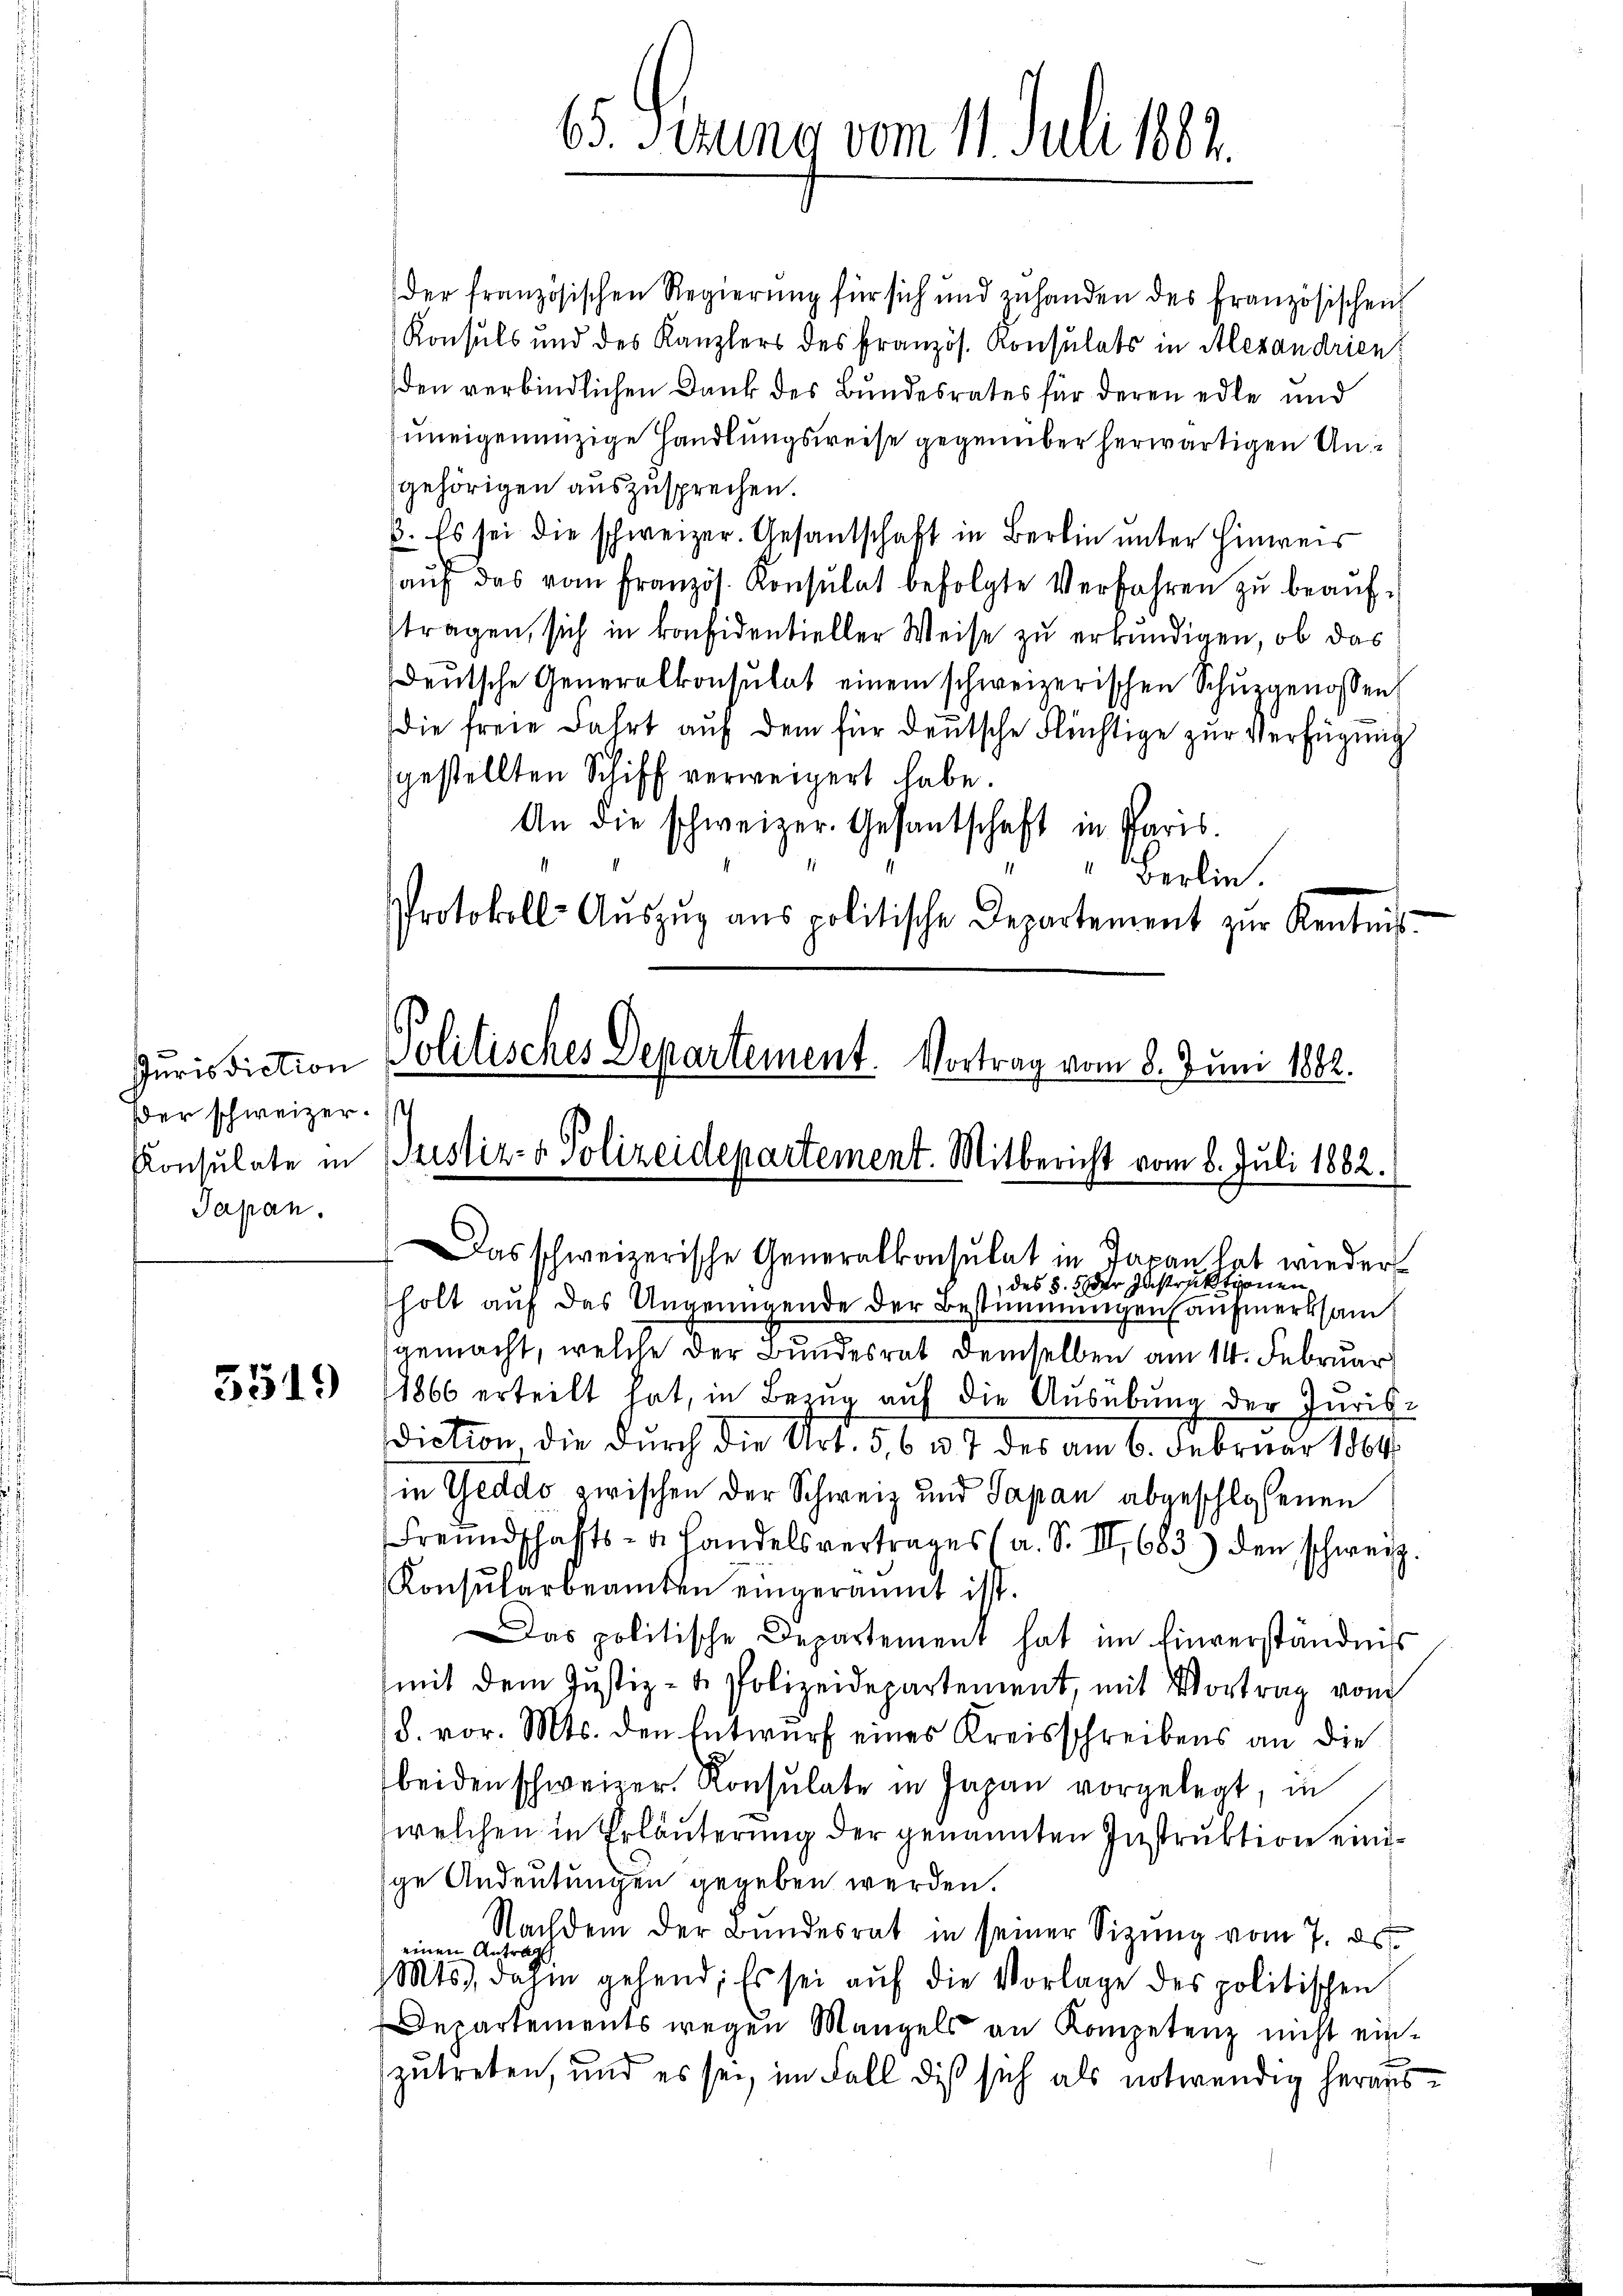
ßer schweizer. Ic
Japan.

5519

65. Serung vom 11. Juli 182.

der französischen Regierung für sich und enhanden des französischen
Konsuls und des Kanzlers des Französ. Konsulats in Alexandrien:
den verbindlichen Dank des Bundesrates für deren edle und
uneigenanzige Handlungsweise gegenüber herwärtigen Ungehörigen auszusprechen.
3. Es sei die schweizer. Gesantschaft in Berlin unter Hinweis
aŭf das vom Französ. Konsulat befolgte Verfahren zŭ beaŭf-
ftragen, sich in konsidentieller Weise zu erkundigen, ob das
deŭtsche Generalkonsulat einem schweizerischen Schŭzgenossen,
die freie Fahrt auf dem für deutsche Flüchtige zur Verfügung
gestellten Schiff verweigert habe.
An die schweizer. Gesantschaft in Paris.
Berlin.
Protokoll-Aŭszŭg ans politische Departement zur Kentnis-

Das schweizerische Generalkonsulat in Japan hat wieder
des §. 5. der Instruktionen
holt auf das Ungenügende der Bestimmungen anmerksam
gemacht, welche der Bundesrat demselben am 14. Februar
1866 erteilt hat, in Bezug auf die Ausübung der Juris-
diction die durch die Art. 5, 6 u. 7 des am 6. Februar 1864.
in Geddo zwischen der Schweiz und Sapan abgeschlossenen
Freundschafts- u. Handelsvertrages (a. S. III 683) den schweiz.
Konsularbeamten eingeräumt ist.
as politische Departement hat im Einverständnis
(mit dem Justiz- & Polizeidepartement, mit Vortrag vom
/8. vor. Mts. den Entwurf eines Kreisschreibens an die
beiden schweizer. Konsulate in Japan vorgelegt, in
welchen in Erläuterung der genannten Instruktion einige Andeutungen gegeben werden.
Nachdem der Bundesrat in seiner Sizŭng vom 7. ds.
einen Antrag
Mts., dahin gehend; Es sei aŭf die Vorlage des politischen
Departements wegen Mangels an Kompetenz nicht ein-
zutreten, und es sei, im Fall dieß sich als notwendig heraus¬

Jurisdiction Politisches Departement. Vortrag vom 8. Juni 1882.
Konsulate in Fristiz- & Polizeidepartement. Mitbericht vom 8. Juli 1882.